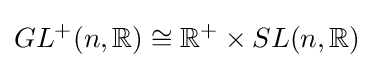
GL^{+}(n,\mathbb {R} )\cong \mathbb {R} ^{+}\times SL(n,\mathbb {R} )